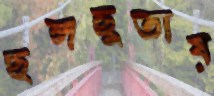
ছলছুতায়